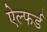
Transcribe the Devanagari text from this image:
ऐल्फर्ड